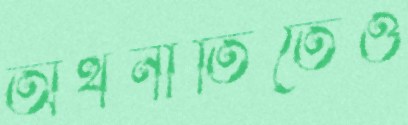
অর্থনীতিতেও